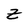
Character: Z